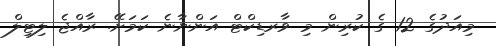
މިއަދުގެ 12 ގެ ކުރިން މި ވާރޑިކްޓް އަންނާނެ ކަމަށޭ. ރާއްޖެ ލިޓިލް